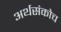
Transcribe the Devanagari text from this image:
अर्थसंकोच